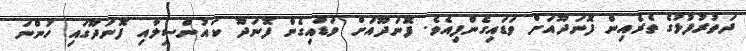
ދަތުރުފުޅުގެ ތެރެއިން ފޮނަދޫއަށް ވަޑައިގެންފިއެވެ. ފޮނަދޫއަށް ވަޑައިގެން ފޮނަދޫ ކައުންސިލާއި ފޮނަދޫގައި ހުންނަ